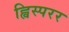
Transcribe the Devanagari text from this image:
ह्विस्परर